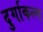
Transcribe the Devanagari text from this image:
दुर्गाकल्प